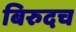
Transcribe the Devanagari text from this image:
बिरुदच